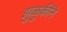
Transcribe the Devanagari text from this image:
झुळुकीने